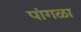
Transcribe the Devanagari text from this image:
पांगळा